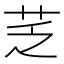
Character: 䒦